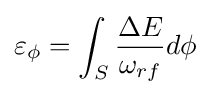
\varepsilon _{\phi }=\int _{S}{\frac {\Delta E}{\omega _{rf}}}d\phi